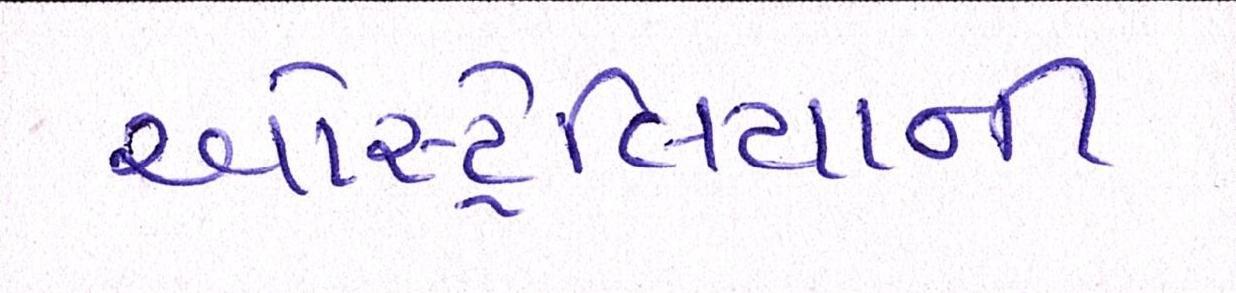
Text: ઓસ્ટ્રેલિયાની